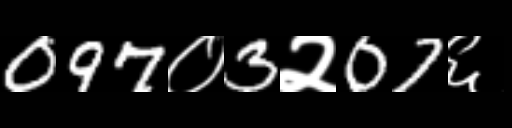
Text: 097०3२07६